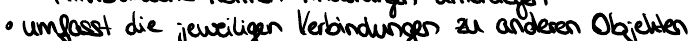
umfasst die jeweiligen Verbindungen zu anderen Objekten